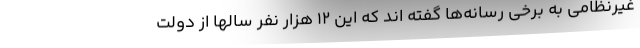
غیرنظامی به برخی رسانه‌ها گفته اند که این ۱۲ هزار نفر سالها از دولت